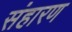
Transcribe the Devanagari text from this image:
संहारण